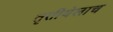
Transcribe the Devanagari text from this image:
तृतीयेलाच